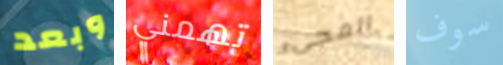
وبعد تهمني المجىء سوف